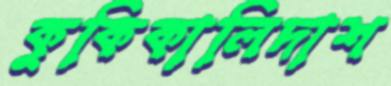
কুকিকালিদাশ